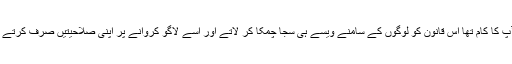
آپ کا کام تھا اس قانون کو لوگوں کے سامنے ویسے ہی سجا چمکا کر لاتے اور اسے لاگو کروانے پر اپنی صلاحیتیں صرف کرتے ۔